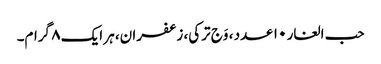
حب الغار ۱۰ عدد ، وَج ترکی، زعفران، ہر ایک ۸ گرام۔